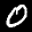
Label: 0